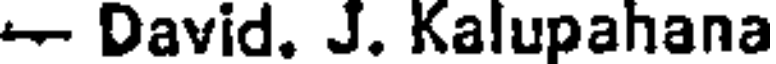
- David. J. Kalupahana